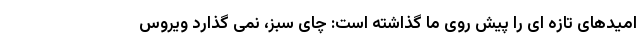
امیدهای تازه ای را پیش روی ما گذاشته است: چای سبز، نمی گذارد ویروس